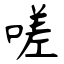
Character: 嗟